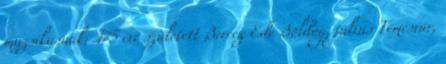
muzsikusnak; 175 éve született Berecz Ede Boldog, július Temesvár,